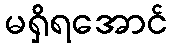
မရှိရအောင်